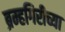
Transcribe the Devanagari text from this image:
ब्रम्हगिरीच्या